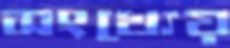
সংখ্যেয়